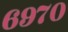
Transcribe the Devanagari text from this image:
६९७०